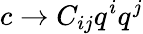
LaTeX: c\rightarrow C_{ij}q^{i}q^{j}